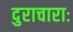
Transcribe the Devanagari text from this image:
दुराचाराः